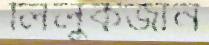
লিলুকজান